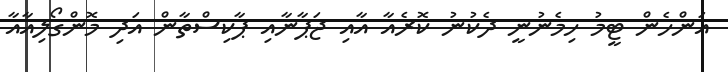
އަންހެން ޓީމު ހިމެނުނީ ދެކުނު ކޮރެއާ އާއި ޖަޕާނާއި ޕާކިސްތާން އަދި މޮންގޯލިއާއާ